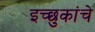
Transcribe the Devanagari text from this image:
इच्छुकांचे